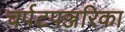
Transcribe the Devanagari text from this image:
चर्पटपञ्जरिका